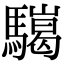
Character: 𩦏